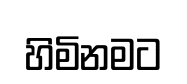
හිමිනමට